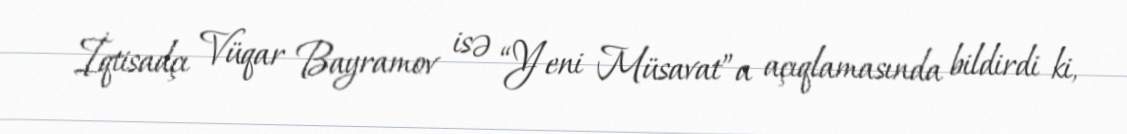
İqtisadçı Vüqar Bayramov isə “Yeni Müsavat”a açıqlamasında bildirdi ki,